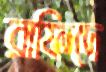
রাফিদে